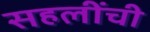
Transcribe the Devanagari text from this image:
सहलींची